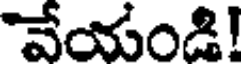
"వేయండి!